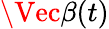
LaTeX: \Vec{\beta}(t)